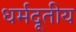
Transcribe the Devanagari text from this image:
धर्मदूतीय